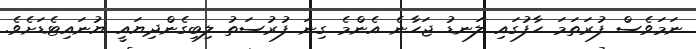
ނަމަވެސް ފުރަތަމަ ހާފުގައި ލަނޑު ޖަހާނެ އެންމެ ގިނަ ފުރުސަތު ލިބިގެންދިޔައީ ޔުނައިޓެޑަށެވެ.